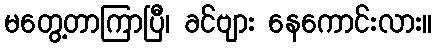
မတွေ့တာကြာပြီ၊ ခင်ဗျား နေကောင်းလား။